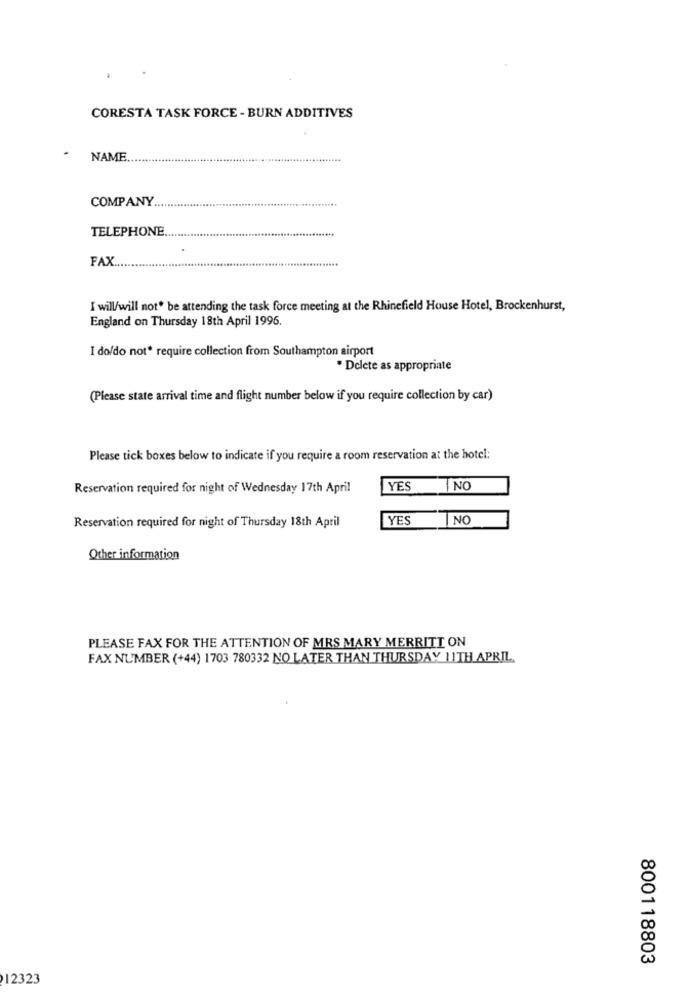
CORESTA TASK FORCE - BURN ADDITIVES
NAME.
COMPANY
TELEPHONE
FAX
I will/will not be attending the task force meeting at the Rhinefield House Hotel, Brockenhurst,
England on Thursday 18th April 1996.
I do/do not require collection from Southampton airport
. Delete as appropriate
(Please state arrival time and flight number below if you require collection by car)
Please tick boxes below to indicate if you require a room reservation at the hotel:
Reservation required for night of Wednesday 17th April
YES NO
YES
NO
Reservation required for night of Thursday 18th April
Other information
PLEASE FAX FOR THE ATTENTION OF MRS MARY MERRITT ON
FAX NUMBER (+44) 1703 780332 NO LATER THAN THURSDAY 11TH APRIL
800118803
12323